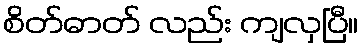
စိတ်ဓာတ် လည်း ကျလှပြီ။